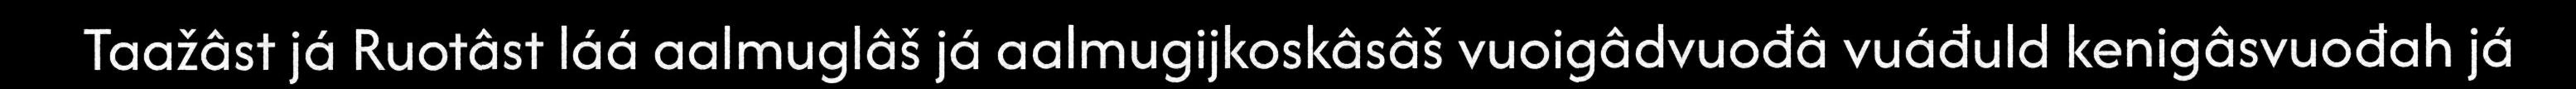
Taažâst já Ruotâst láá aalmuglâš já aalmugijkoskâsâš vuoigâdvuođâ vuáđuld kenigâsvuođah já